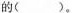
的()。